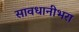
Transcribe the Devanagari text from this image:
सावधानीभरा